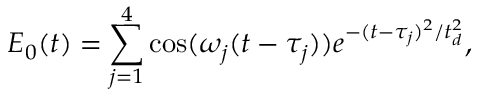
E _ { 0 } ( t ) = \sum _ { j = 1 } ^ { 4 } \cos ( \omega _ { j } ( t - \tau _ { j } ) ) e ^ { - ( t - \tau _ { j } ) ^ { 2 } / t _ { d } ^ { 2 } } ,